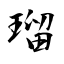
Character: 瑠